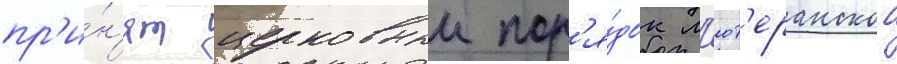
пр'и́н'ят церковныи пор'я́док л'ют'еранскои